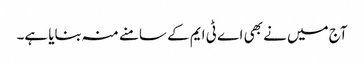
آج میں نے بھی اے ٹی ایم کے سامنے منہ بنایا ہے۔